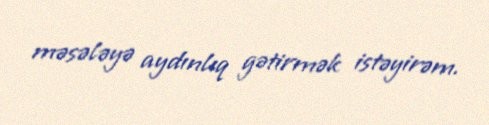
məsələyə aydınlıq gətirmək istəyirəm.